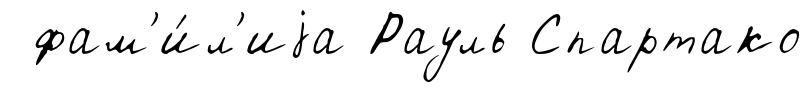
фам'и́л'иjа Рауль Спартако